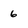
Character: 6